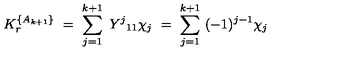
K _ { r } ^ { \{ A _ { k + 1 } \} } \ = \ \sum _ { j = 1 } ^ { k + 1 } \ { { Y } ^ { j } } _ { 1 1 } \chi _ { j } \ = \ \sum _ { j = 1 } ^ { k + 1 } \ ( - 1 ) ^ { j - 1 } \chi _ { j }